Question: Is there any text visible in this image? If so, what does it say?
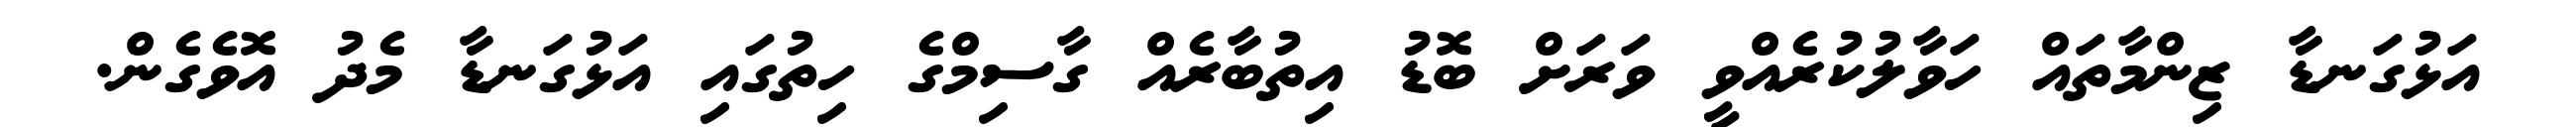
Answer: އަޅުގަނޑާ ޒިންމާތައް ހަވާލުކުރެއްވީ ވަރަށް ބޮޑު އިތުބާރެއް ގާސިމްގެ ހިތުގައި އަޅުގަނޑާ މެދު އޮވެގެން.